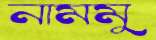
নামমু